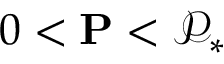
0 < \mathbf { P } < \mathcal { P } _ { * }